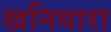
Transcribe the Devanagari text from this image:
खनियारा